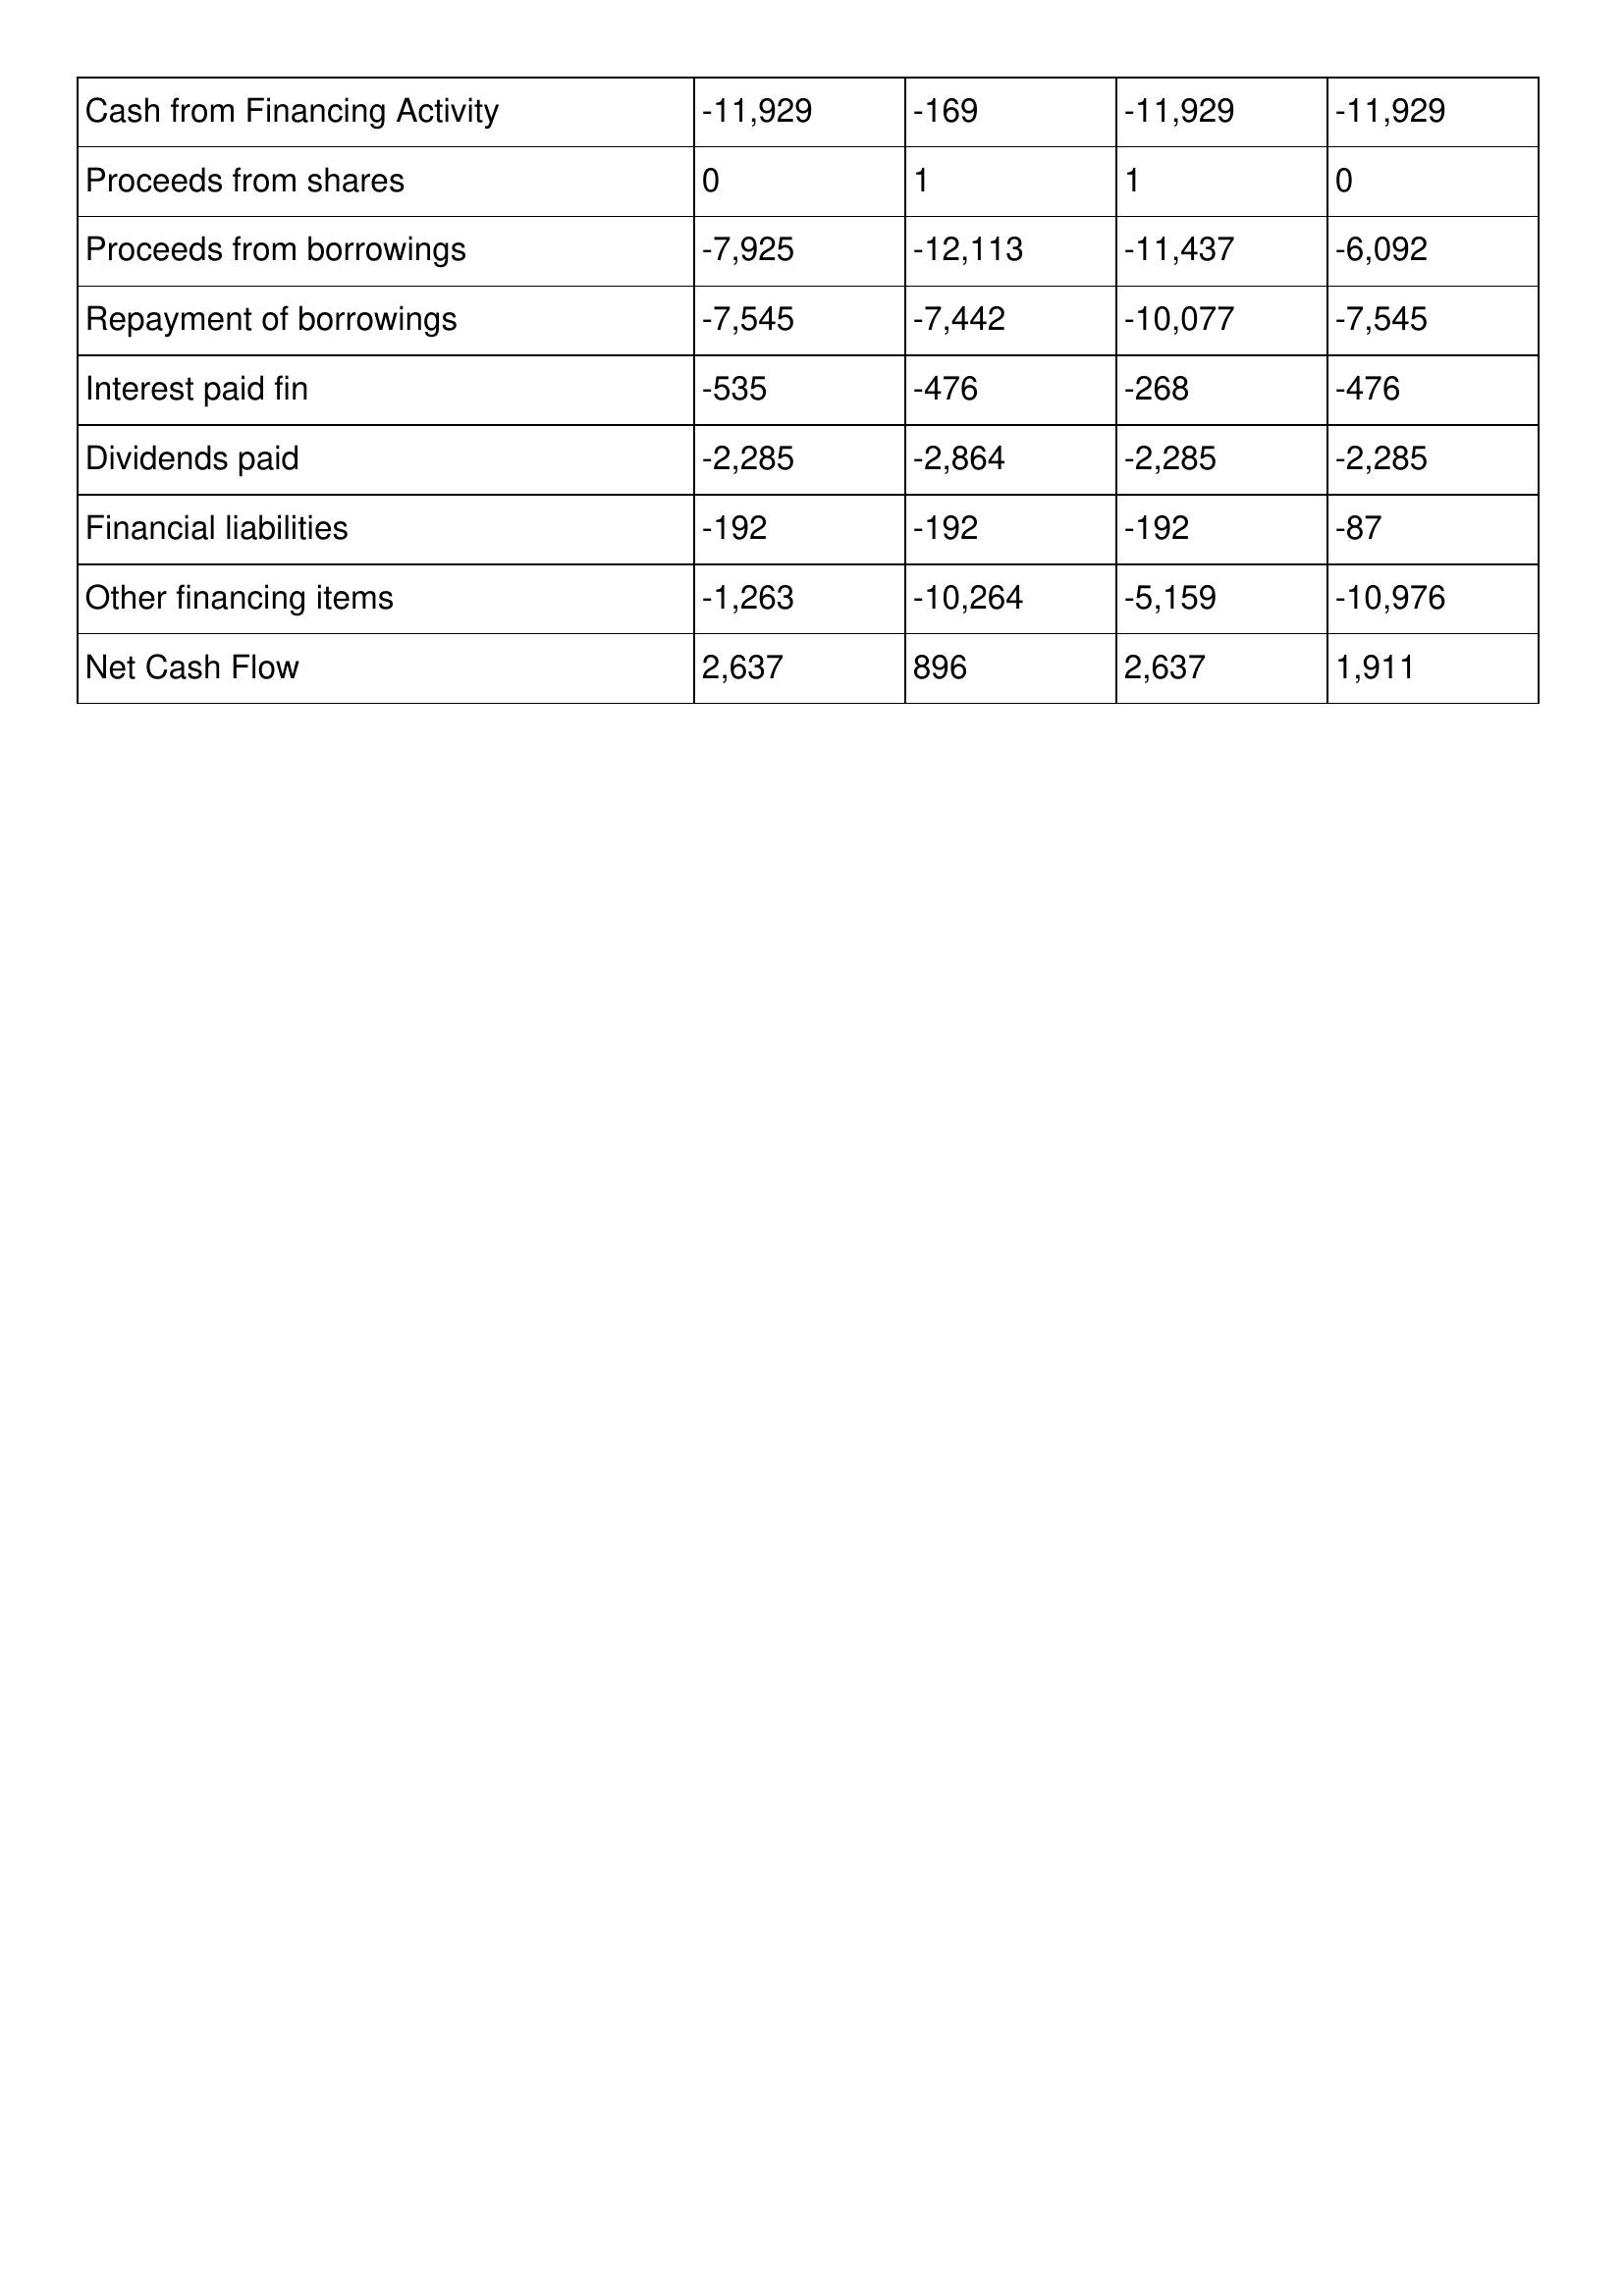
gt_parse: 2002: Cash Flows: Cash from Financing Activity: -11,929
Proceeds from shares: 0
Proceeds from borrowings: -7,925
Repayment of borrowings: -7,545
Interest paid fin: -535
Dividends paid: -2,285
Financial liabilities: -192
Other financing items: -1,263
Net Cash Flow: 2,637
2001: Cash Flows: Cash from Financing Activity: -169
Proceeds from shares: 1
Proceeds from borrowings: -12,113
Repayment of borrowings: -7,442
Interest paid fin: -476
Dividends paid: -2,864
Financial liabilities: -192
Other financing items: -10,264
Net Cash Flow: 896
2000: Cash Flows: Cash from Financing Activity: -11,929
Proceeds from shares: 1
Proceeds from borrowings: -11,437
Repayment of borrowings: -10,077
Interest paid fin: -268
Dividends paid: -2,285
Financial liabilities: -192
Other financing items: -5,159
Net Cash Flow: 2,637
1999: Cash Flows: Cash from Financing Activity: -11,929
Proceeds from shares: 0
Proceeds from borrowings: -6,092
Repayment of borrowings: -7,545
Interest paid fin: -476
Dividends paid: -2,285
Financial liabilities: -87
Other financing items: -10,976
Net Cash Flow: 1,911